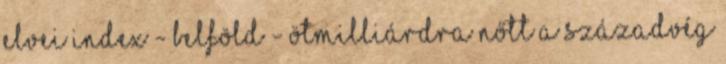
elvei Index - Belföld - Ötmilliárdra nőtt a Századvég